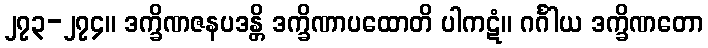
၂၇၃-၂၇၄။ ဒက္ခိဏဇနပဒန္တိ ဒက္ခိဏာပထောတိ ပါကဋံ။ ဂင်္ဂါယ ဒက္ခိဏတော